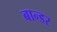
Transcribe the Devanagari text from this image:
बान्डर